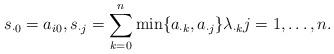
LaTeX: \begin{align*}s_{\cdot 0} = a_{i 0}, s_{\cdot j} = \sum_{k = 0}^n \min\{ a_{\cdot k}, a_{\cdot j} \} \lambda_{\cdot k} j = 1,\ldots,n.\end{align*}